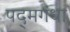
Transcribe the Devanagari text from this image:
पद्‌मगंधा